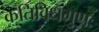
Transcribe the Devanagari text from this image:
कतिविधगुणः